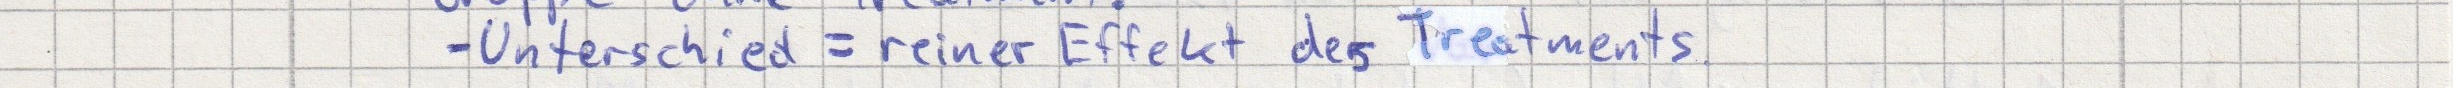
- Unterschied = reiner Effekt des Treatments